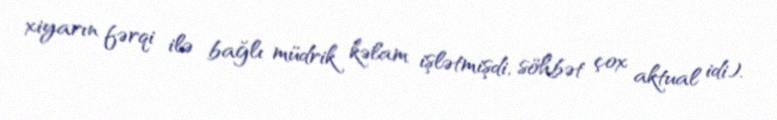
xiyarın fərqi ilə bağlı müdrik kəlam işlətmişdi, söhbət çox aktual idi).